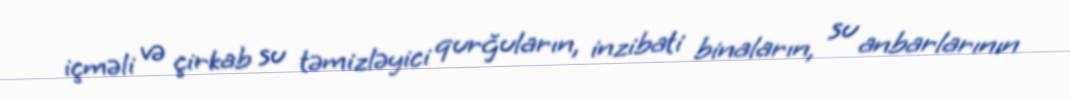
içməli və çirkab su təmizləyici qurğuların, inzibati binaların, su anbarlarının